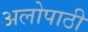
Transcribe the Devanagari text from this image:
अलोपाठी